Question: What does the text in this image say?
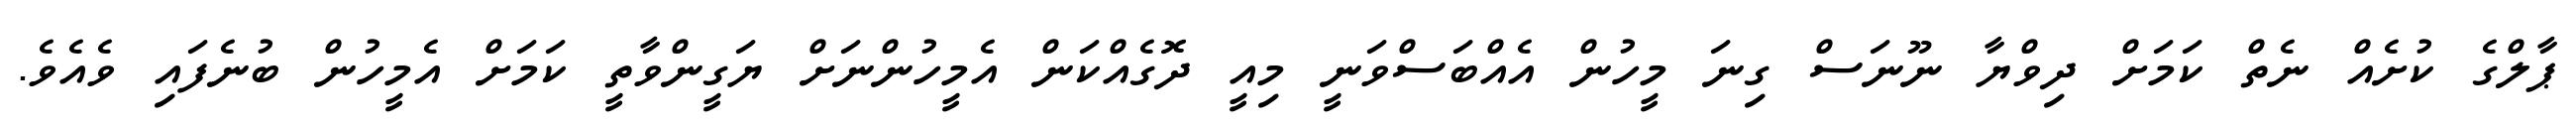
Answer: ޕާލްގެ ކުށެއް ނެތް ކަމަށް ދިވްޔާ ނޫނަސް ގިނަ މީހުން އެއްބަސްވަނީ މިއީ ދޮގެއްކަން އެމީހުންނަށް ޔަގީންވާތީ ކަމަށް އެމީހުން ބުނެފައި ވެއެވެ.